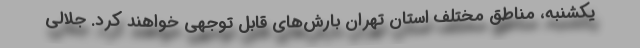
یکشنبه، مناطق مختلف استان تهران بارش‌های قابل توجهی خواهند کرد. جلالی